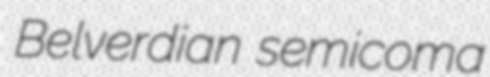
Belverdian semicoma